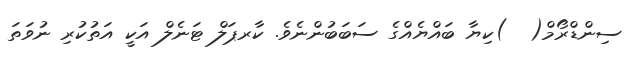
ސިންޑްރޯމް(  )ކިޔާ ބައްޔެއްގެ ސަބަބުންނެވެ. ކާރޕަލް ޓަނެލް އަކީ އަތުކުރި ނުވަތަ